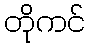
တိုကင်